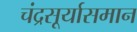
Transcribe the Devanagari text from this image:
चंद्रसूर्यासमान